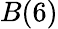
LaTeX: B(6)